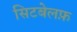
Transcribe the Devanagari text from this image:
सिटबेलफ़